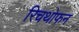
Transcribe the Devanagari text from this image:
रिचथोफन